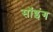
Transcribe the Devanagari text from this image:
सॉइंग